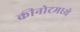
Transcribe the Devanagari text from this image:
कीनोटमध्ये